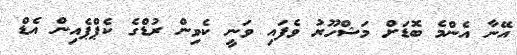
އޭނާ އެންމެ ބޮޑަށް މަޝްހޫރު ވެފައި ވަނީ ކެވިން ރުޑްގެ ކެޕްޕެއިން އެޑް